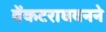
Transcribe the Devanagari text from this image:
वेंकटराघवनने